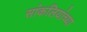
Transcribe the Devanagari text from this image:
सांकलियांच्या